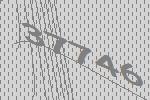
37746